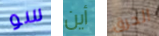
سو أين الحرق